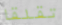
تقلقا